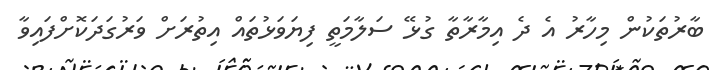
ބާރުތަކުން މިހާރު އެ ދެ އިމާރާތާ ގުޅޭ ސަލާމަތީ ފިޔަވަޅުތައް އިތުރަށް ވަރުގަދަކޮށްފައިވާ